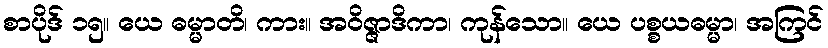
စာပိုဒ် ၁၅။ ယေ ဓမ္မာတိ၊ ကား။ အဝိဇ္ဇာဒိကာ၊ ကုန်သော။ ယေ ပစ္စယဓမ္မာ၊ အကြင်